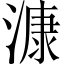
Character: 漮